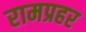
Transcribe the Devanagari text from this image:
रामप्रहर